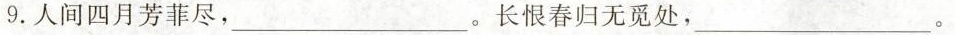
9.人间四月芳菲尽，___。长恨春归无觅处，___。